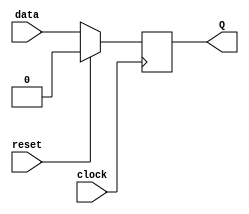
module DFF_with_reset (
    input data,
    input clock,
    input reset,
    output reg Q
);

always @(posedge clock) begin
    if (reset) begin
        Q <= 0;
    end else begin
        Q <= data;
    end
end

endmodule